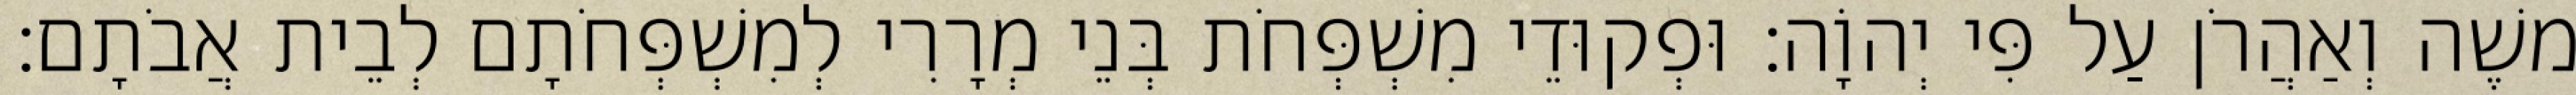
משֶׁה וְאַהֲרֹן עַל פִּי יְהוָֹה׃ וּפְקוּדֵי מִשְׁפְּחֹת בְּנֵי מְרָרִי לְמִשְׁפְּחֹתָם לְבֵית אֲבֹתָם׃